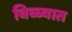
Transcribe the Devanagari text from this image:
बिब्ब्यात